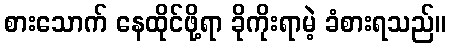
စားသောက် နေထိုင်ဖို့ရာ ခိုကိုးရာမဲ့ ခံစားရသည်။